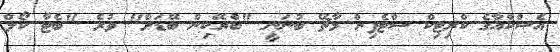
އެސްކްއާގެ ކްރިޓިކް ސްޓެފިން މާޗޭ ބުނަނީ "ބްރޭކިން ބޭޑަށް" ވުރެ "ބެޓާ ކޯލް